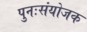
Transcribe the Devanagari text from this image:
पुनःसंयोजक